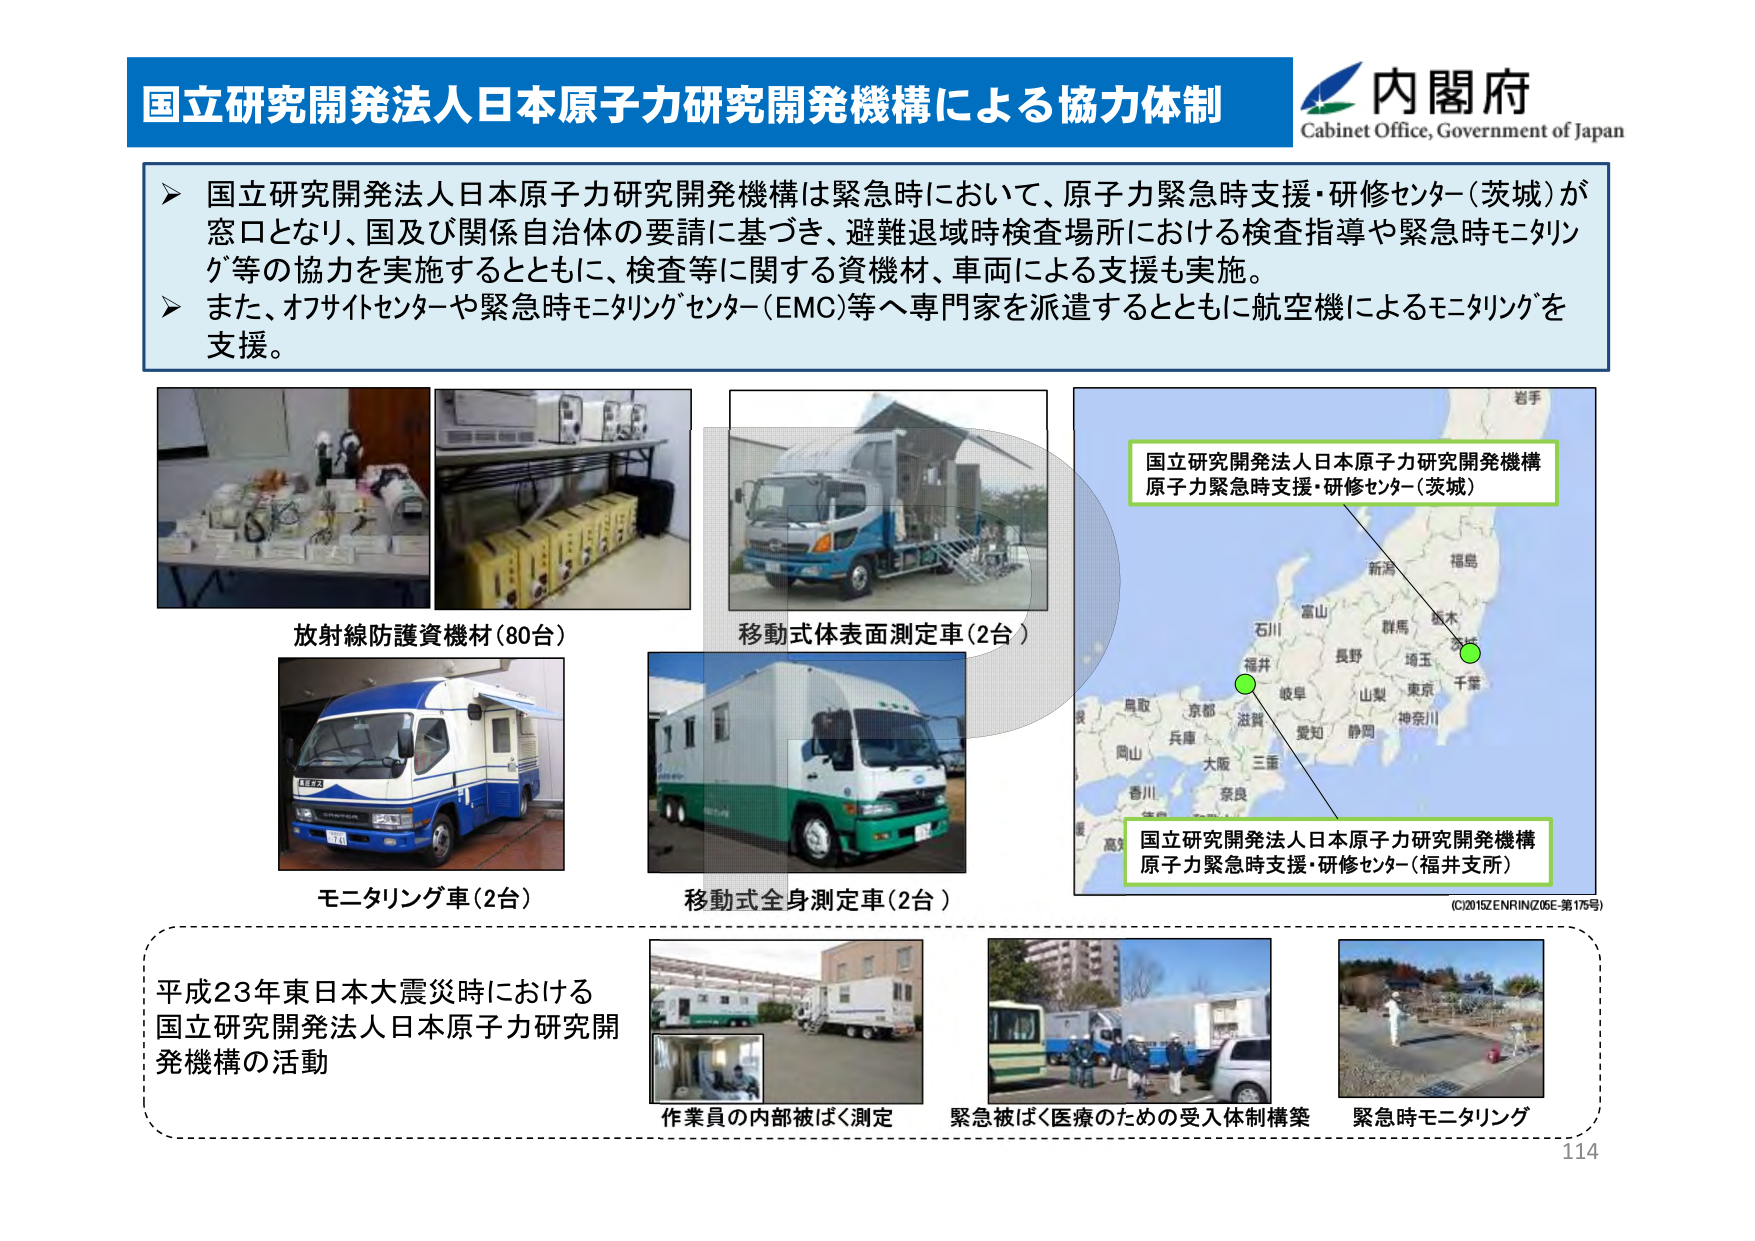
国立研究開発法人日本原子力研究開発機構による協力体制

内閣府
Cabinet Office, Government of Japan

▶ 国立研究開発法人日本原子力研究開発機構は緊急時において、原子力緊急時支援・研修センター（茨城）が窓口となり、国及び関係自治体の要請に基づき、避難退域時検査場所における検査指導や緊急時モニタリング等の協力を実施するとともに、検査等に関する資機材、車両による支援も実施。
▶ また、オフサイトセンターや緊急時モニタリングセンター（EMC）等へ専門家を派遣するとともに航空機によるモニタリングを支援。

放射線防護資機材（80台）
移動式体表面測定車（2台）
モニタリング車（2台）
移動式全身測定車（2台）

国立研究開発法人日本原子力研究開発機構
原子力緊急時支援・研修センター（茨城）

国立研究開発法人日本原子力研究開発機構
原子力緊急時支援・研修センター（福井支所）

(C)2015ZENRIN(Z05E-第175号)

平成23年東日本大震災時における
国立研究開発法人日本原子力研究開発機構の活動

作業員の内部被ばく測定
緊急被ばく医療のための受入体制構築
緊急時モニタリング

114